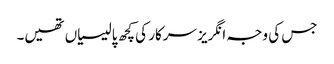
جس کی وجہ انگریز سرکار کی کچھ پالیسیاں تھیں۔